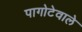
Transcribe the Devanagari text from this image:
पागोटेवाले